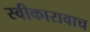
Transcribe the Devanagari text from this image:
स्वीकारावाच